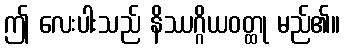
ဤ လေးပါးသည် နိဿဂ္ဂိယဝတ္ထု မည်၏။